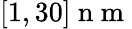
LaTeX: [1,30]\mathrm{~n~m~}